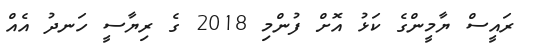
ރައީސް ޔާމީންގެ ކަޅު އޮށް ފުންމި 2018 ގެ ރިޔާސީ ހަނދު އެއް